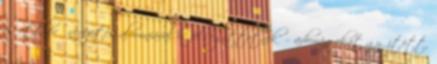
és ottlévő nevezetes alumniával is felsegíttetnék” – adományokat gyűjtött,